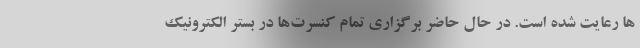
ها رعایت شده است. در حال حاضر برگزاری تمام کنسرت‌ها در بستر الکترونیک